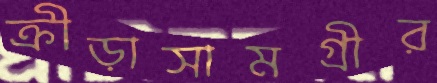
ক্রীড়াসামগ্রীর